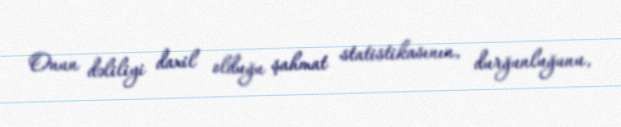
Onun dəliliyi daxil olduğu şahmat statistikasının, durğunluğunu,